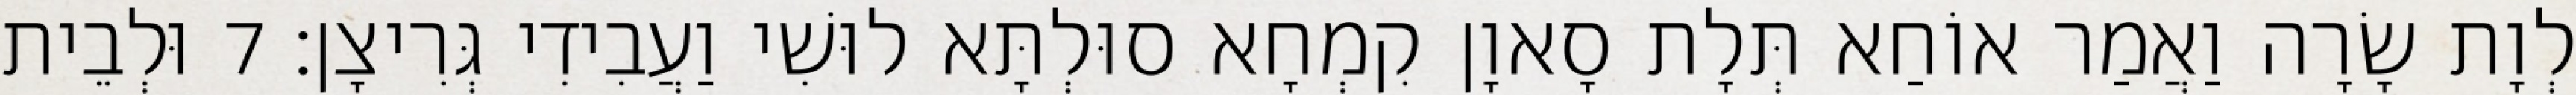
לְוָת שָׂרָה וַאֲמַר אוֹחַא תְּלָת סָאוָן קִמְחָא סוּלְתָּא לוּשִׁי וַעֲבִידִי גְּרִיצָן׃ 7 וּלְבֵית